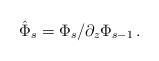
LaTeX: \begin{align*}\hat{\Phi}_{s}=\Phi_{s}/\partial_{z}\Phi_{s-1}\,.\end{align*}